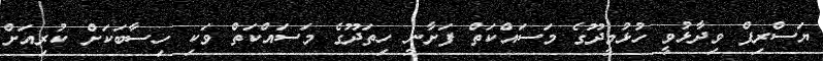
ޔަސްރިފް ވިދާޅުވީ ހުުޅުމީދޫގެ މަސައްކަތް ފަށާނީ ހިތަދޫގެ މަސައްކަތް ވަކި ހިސާބަކަށް ކުރިއަށް